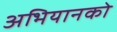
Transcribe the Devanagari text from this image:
अभियानको